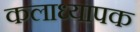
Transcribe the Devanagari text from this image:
कलाध्यापक